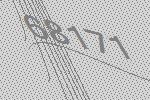
68171